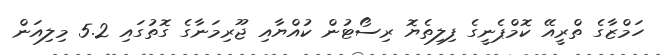
ހަމްޒާގެ ތްރީއޭ ކޮމްޕެނީގެ ފިލިތެޔޮ ރިސޯޓުން ކުއްޔާއި ޖޫރިމަނާގެ ގޮތުގައި 5.2 މިލިއަން